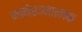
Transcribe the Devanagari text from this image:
मनोरञ्जात्मक